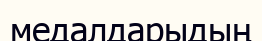
медалдарыдың